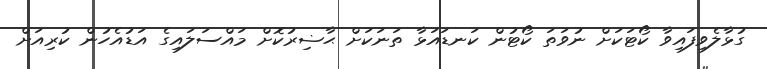
ގުޅާލެވިފައިވާ ކޯޓަކަށް ނުވަތަ ކޯޓުން ކަނޑައަޅާ ތަނަކަށް ޙާޟިރުކޮށް މައްސަލައިގެ އަޑުއެހުން ކުރިއަށް